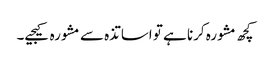
کچھ مشورہ کرنا ہے تو اساتذہ سے مشورہ کیجیے۔